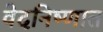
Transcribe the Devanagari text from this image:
वेदनिष्णात